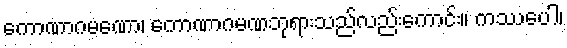
ကောဏာဂမဏော၊ ကောဏာဂမဏဘုရားသည်လည်းကောင်း။ ကဿပေါ၊